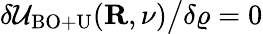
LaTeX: \delta{\cal U}_{\mathrm{BO+U}}({\mathbf R},\nu)\big/\delta\varrho=0